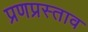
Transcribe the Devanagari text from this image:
प्रणप्रस्ताव